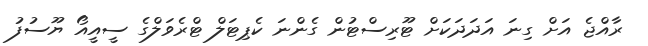
ރާއްޖެ އަށް ގިނަ އަދަދަކަށް ޓޫރިސްޓުން ގެންނަ ކެޕިޓަލް ޓްރެވަލްގެ ސީއީއޯ ޔޫސުފު